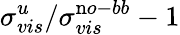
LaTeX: \sigma_{vis}^{u}/\sigma_{vis}^{\mathrm no-bb}-1